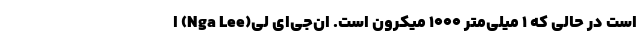
است در حالی که ۱ میلی‌متر ۱۰۰۰ میکرون است. ان‌جی‌ای لی(Nga Lee) ا